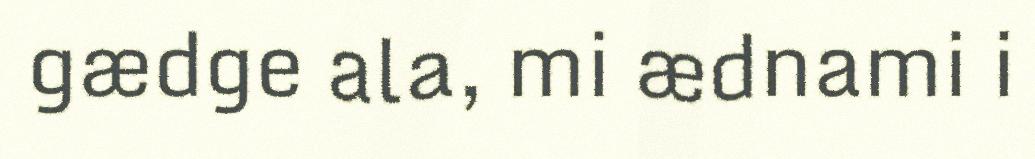
gædge ala, mi ædnami i